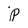
Character: p